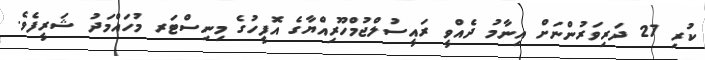
ކުރި 27 ދަރިވަރުންނަށް އިނާމު ދެއްވީ ރައީސުލްޖުމްހޫރިއްޔާގެ އޮފީހުގެ މިނިސްޓަރ މުހައްމަދު ޝަރީފެވެ.